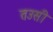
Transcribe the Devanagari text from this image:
तउसी